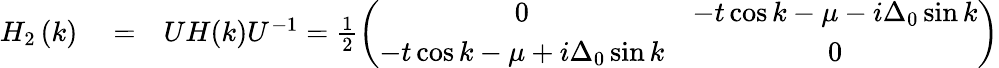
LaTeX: \begin{array}{rlr}{H_{2}\left(k\right)}&{{}=}&{UH(k)U^{-1}=\frac{1}{2}\left(\begin{array}{cc}{0}&{-t\cos k-\mu-i\Delta_{0}\sin k}\\ {-t\cos k-\mu+i\Delta_{0}\sin k}&{0}\end{array}\right)}\end{array}